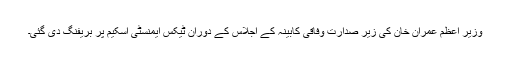
وزیر اعظم عمران خان کی زیر صدارت وفاقی کابینہ کے اجلاس کے دوران ٹیکس ایمنسٹی اسکیم پر بریفنگ دی گئی۔